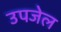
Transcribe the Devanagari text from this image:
उपजेल